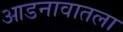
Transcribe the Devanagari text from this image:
आडनावातला